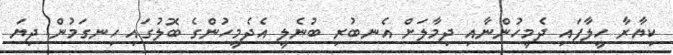
ކިޔާރާ ހީލާފައި ދެމީހުންނާއި ދިމާލަށް އެނބުރި ބުނެލީ އެދެމީހުންގެ ބޮލުގައި ހިނގަމުން ދިޔަ